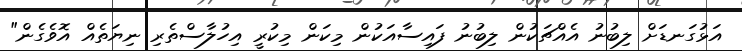
އަޅުގަނޑަށް ލިބުނު އެއްޗަކުން ލިބުނު ފައިސާއަކުން މިކަން މިކުރީ އިހުލާސްތެރި ނިޔަތެއް އޮވެގެން"